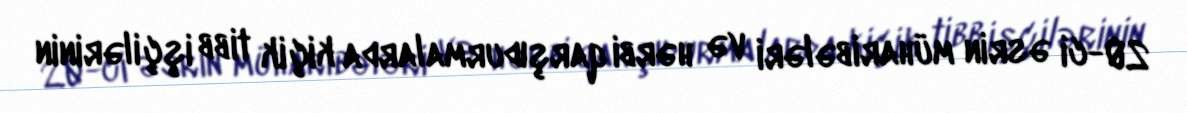
20-ci əsrin müharibələri və hərbi qarşıdurmalarda kiçik tibb işçilərinin